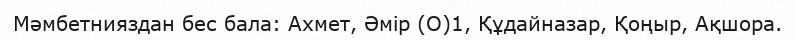
Мәмбетнияздан бес бала: Ахмет, Әмір (О)1, Құдайназар, Қоңыр, Ақшора.